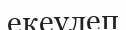
екеулеп